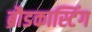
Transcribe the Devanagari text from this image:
ब्रौडकास्टिंग